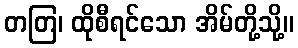
တတြ၊ ထိုစီရင်သော အိမ်တို့သို့။